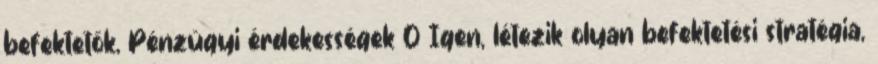
befektetők, Pénzügyi érdekességek 0 Igen, létezik olyan befektetési stratégia,